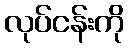
လုပ်ငန်းကို